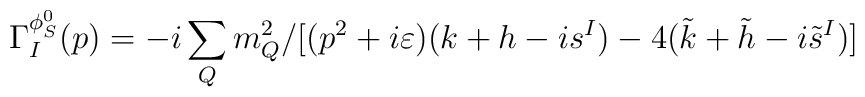
\Gamma_I^{\phi_S^0}(p)=-i\sum_{Q}m_Q^2/[(p^2+i\varepsilon)(k+h-is^I)-4(\tilde{k}+\tilde{h}-i\tilde{s}^I)]